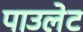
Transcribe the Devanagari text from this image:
पाउलेट